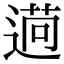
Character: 𦳖